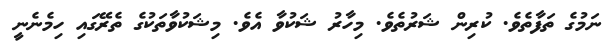
ނަމުގެ ތަފާތެވެ. ކުރިން ޝަރުތެވެ. މިހާރު ޝަކުވާ އެވެ. މިޝަކުވާތަކުގެ ތެރޭގައި ހިމެނެނީ